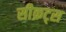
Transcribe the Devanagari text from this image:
सीक्रट्स